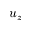
u _ { z }